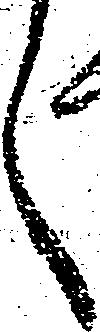
く